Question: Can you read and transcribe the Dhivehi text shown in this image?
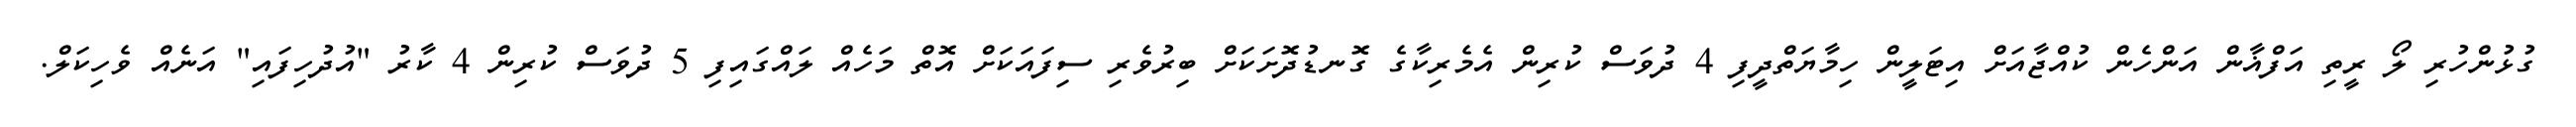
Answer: ގުޅުންހުރި ލޯ ރީތި އަފްޣާން އަންހެން ކުއްޖާއަށް އިޓަލީން ހިމާޔަތްދީފި 4 ދުވަސް ކުރިން އެމެރިކާގެ ގޮނޑުދޮށަކަށް ބިރުވެރި ސިފައަކަށް އޮތް މަހެއް ލައްގައިފި 5 ދުވަސް ކުރިން 4 ކާރު "އުދުހިފައި" އަނެއް ވެހިކަލް.